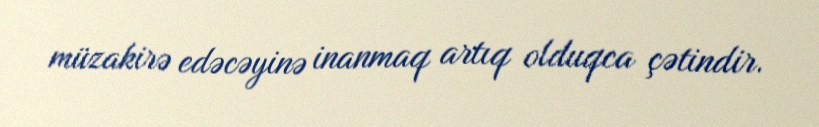
müzakirə edəcəyinə inanmaq artıq olduqca çətindir.